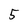
Character: 5